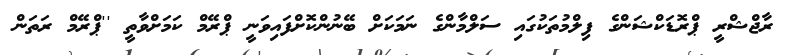
ރާޖްޝްރީ ޕްރޮޑަކްޝަންގެ ފިލްމުތަކުގައި ސަލްމާންގެ ނަމަކަށް ބޭނުންކޮށްފައިވަނީ ޕްރޭމް ކަމަށްވާތީ ''ޕްރޭމް ރަތަން